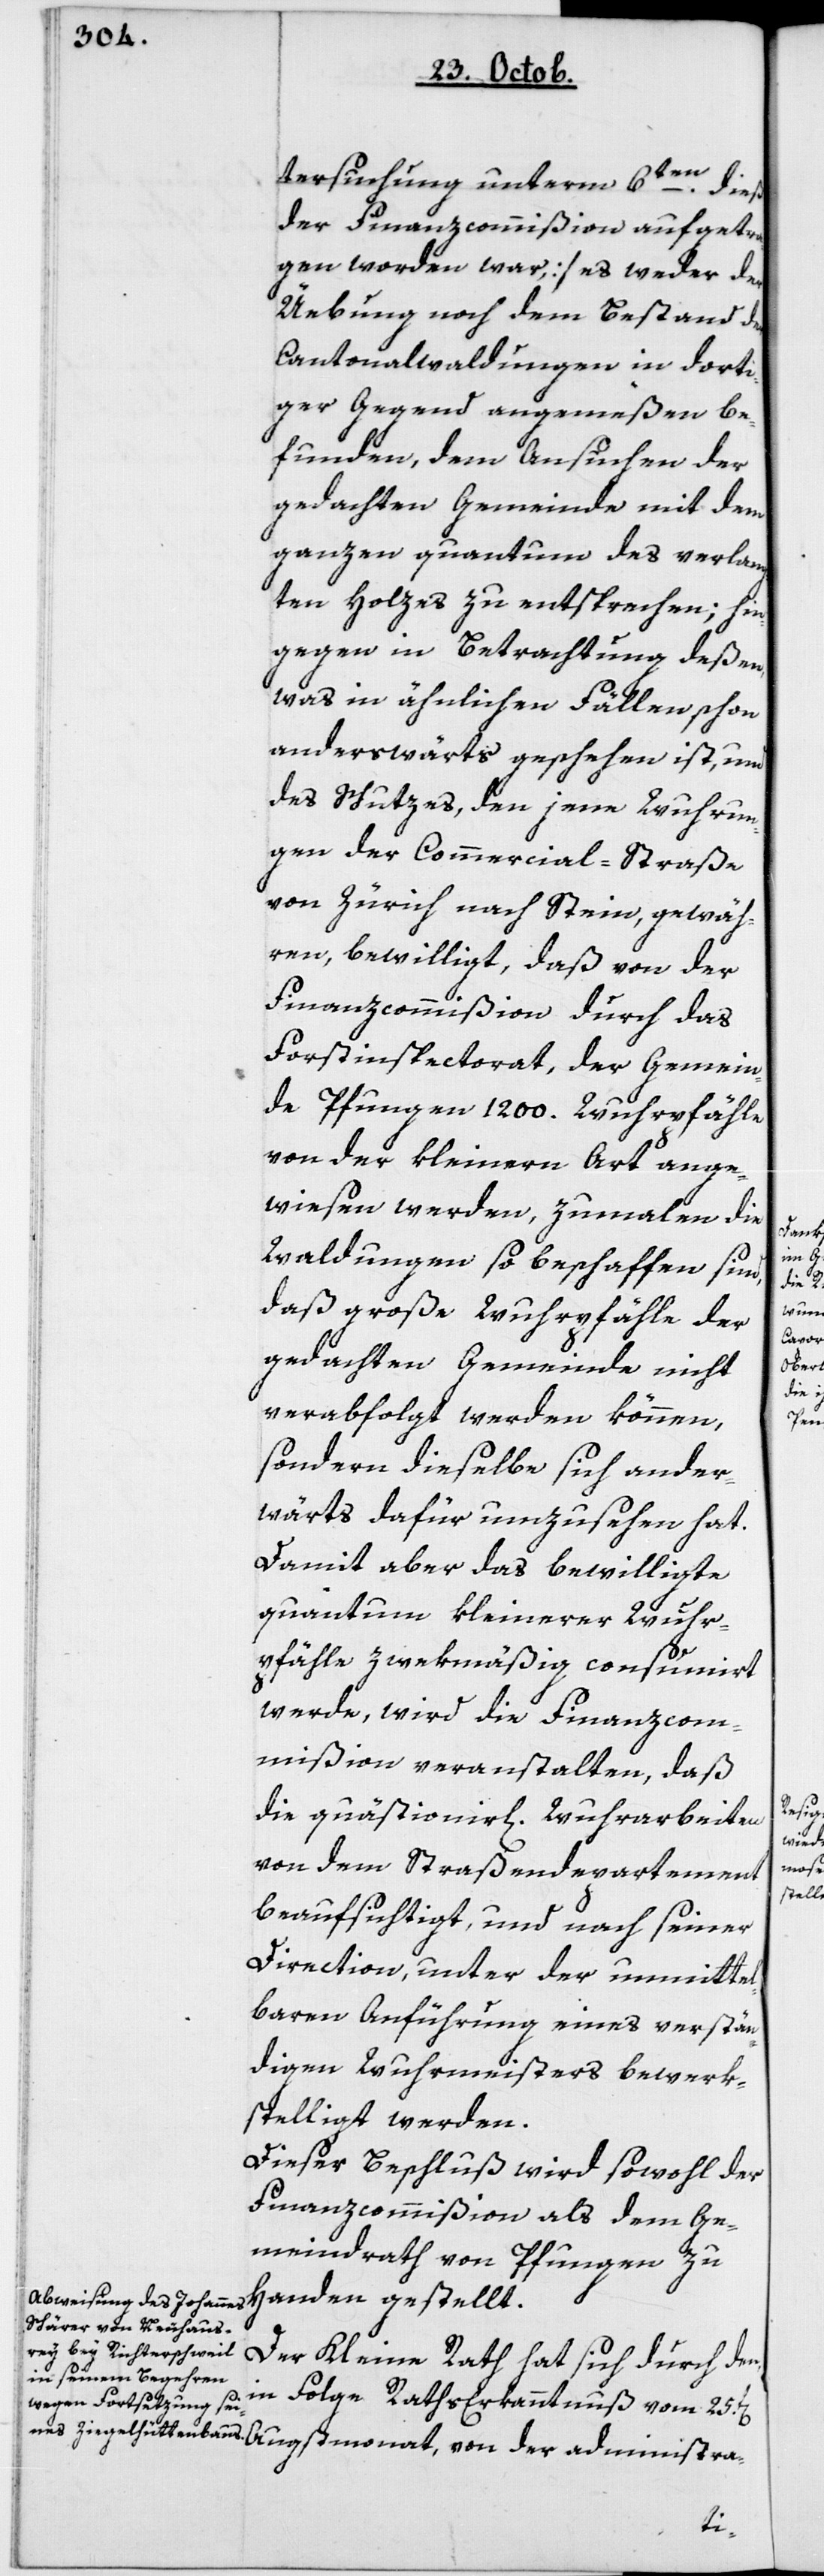
tersuchung unterm 6ten dieß
der Finanzcommißion aufgetra¬
gen worden war] es weder der
Übung noch dem Bestand der
Cantonalwaldungen in dorti¬
ger Gegend angemeßen be¬
funden, dem Ansuchen der
gedachten Gemeinde mit dem
ganzen Quantum des verlang¬
ten Holzes zu entsprechen; hin¬
gegen in Betrachtung deßen,
was in ähnlichen Fällen schon
anderswärts geschehen ist, und
des Schutzes, den jene Wuhrun¬
gen der Commercial-Straße
von Zürich nach Stein gewäh¬
ren, bewilligt, daß von der
Finanzcommißion durch das
Forstinspectorat, der Gemein¬
de Pfungen 1200 Wuhrpfähle
von der kleineren Art ange¬
wiesen werden, zumalen die
Waldungen so beschaffen sind,
daß große Wuhrpfähle der
gedachten Gemeinde nicht
verabfolgt werden können,
sondern dieselbe sich ander¬
wärts dafür umzusehen hat.
Damit aber das bewilligte
Quantum kleinerer Wuhr¬
pfähle zwekmäßig consumiert
werde, wird die Finanzcom¬
mißion veranstalten, daß
die quästionierl[ichen] Wuhrarbeiten
von dem Straßendepartement
beaufsichtigt, und nach seiner
Direction, unter der unmittel¬
baren Anführung eines verstän¬
digen Wuhrmeisters bewerk¬
stelligt werden.
Dieser Beschluß wird sowohl der
Finanzcommißion als dem Ge¬
meindrath von Pfungen zu
Handen gestellt.
Der Kleine Rath hat sich durch den
in Folge Raths-Erkanntnuß vom 25t[en]
der